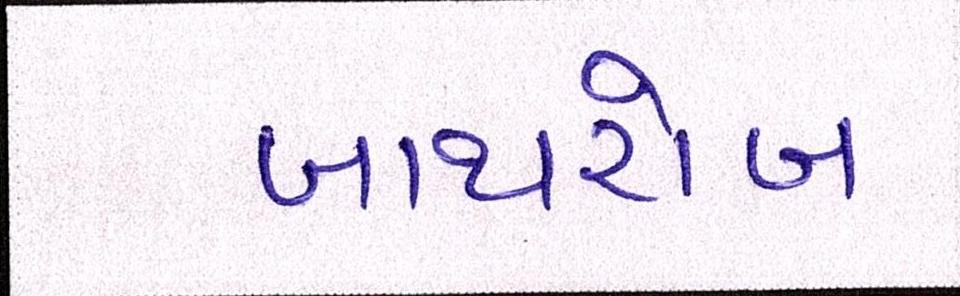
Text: બાથરોબ